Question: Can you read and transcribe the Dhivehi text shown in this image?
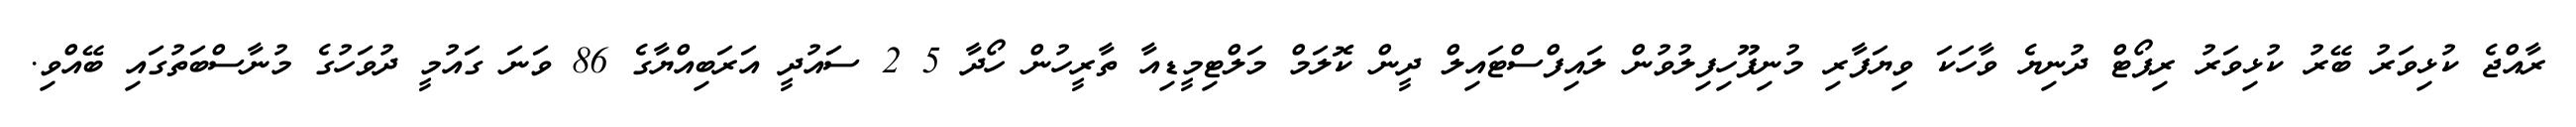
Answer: ރާއްޖެ ކުޅިވަރު ބޭރު ކުޅިވަރު ރިޕޯޓް ދުނިޔެ ވާހަކަ ވިޔަފާރި މުނިފޫހިފިލުވުން ލައިފްސްޓައިލް ދީން ކޮލަމް މަލްޓިމީޑިއާ ތާރީހުން ހޯދާ 5 2 ސައުދީ އަރަބިއްޔާގެ 86 ވަނަ ގައުމީ ދުވަހުގެ މުނާސްބަތުގައި ބޭއްވި.